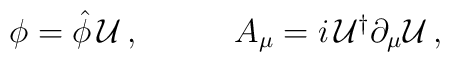
\begin{array}{cc}\phi=\hat{\phi}\,{\cal U}\,,~~~&~~~A_{\mu}=i\,{\cal U}^{\dagger}\partial_{\mu}{\cal U}\,,\end{array}